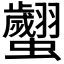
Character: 𧕼